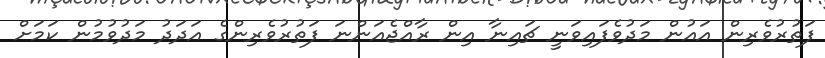
ފަތުރުވެރިން އައުން މަދުވެފައިވަނީ ޗައިނާ އިން ރާއްޖެއަންނަ ފަތުރުވެރިންގެ އަދަދު މަދުވުމުން ކަމަށް